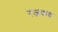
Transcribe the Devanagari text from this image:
रजकण